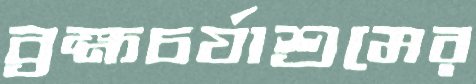
ব্রহ্মচর্যাশ্রমের